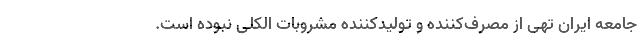
جامعه ایران تهی از مصرف‌کننده و تولیدکننده مشروبات الکلی نبوده است.